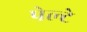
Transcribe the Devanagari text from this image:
पेल्टे